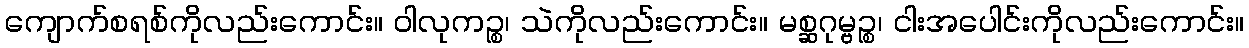
ကျောက်စရစ်ကိုလည်းကောင်း။ ဝါလုကဉ္စ၊ သဲကိုလည်းကောင်း။ မစ္ဆဂုမ္ဗဉ္စ၊ ငါးအပေါင်းကိုလည်းကောင်း။